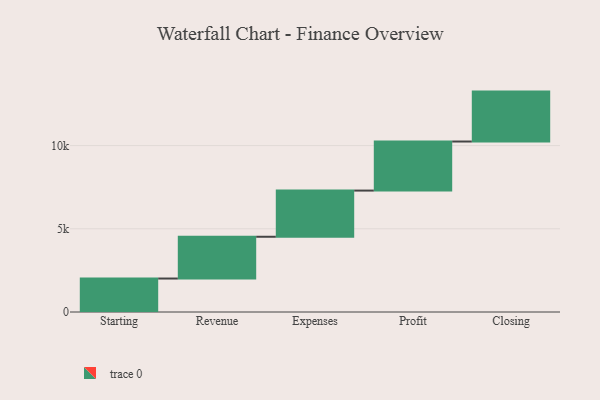
{"axis": {"x": "Step", "y": "Value"}, "legend": [""], "data": [{"x": "Starting", "y": 2011.0, "type": ""}, {"x": "Revenue", "y": 2510.0, "type": ""}, {"x": "Expenses", "y": 2775.0, "type": ""}, {"x": "Profit", "y": 2948.0, "type": ""}, {"x": "Closing", "y": 3000, "type": ""}]}